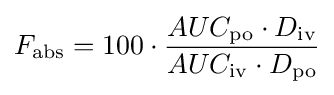
F_{\mathrm {abs} }=100\cdot {\frac {AUC_{\mathrm {po} }\cdot D_{\mathrm {iv} }}{AUC_{\mathrm {iv} }\cdot D_{\mathrm {po} }}}